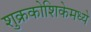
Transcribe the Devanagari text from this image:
शुक्रकोशिकेमध्ये